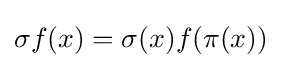
\sigma f(x)=\sigma (x)f(\pi (x))